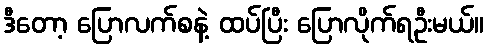
ဒီတော့ ပြောလက်စနဲ့ ထပ်ပြီး ပြောလိုက်ရဦးမယ်။